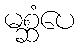
မစ္ဆံပေ